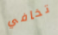
تخافي